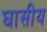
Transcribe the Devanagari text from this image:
घासीय